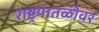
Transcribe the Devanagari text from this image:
राष्ट्रपातळीवर